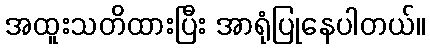
အထူးသတိထားပြီး အာရုံပြုနေပါတယ်။